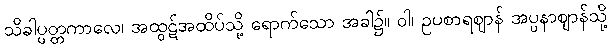
သိခါပ္ပတ္တကာလေ၊ အထွဋ်အထိပ်သို့ ရောက်သော အခါ၌။ ဝါ၊ ဥပစာရဈာန် အပ္ပနာဈာန်သို့